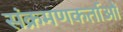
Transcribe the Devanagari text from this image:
संक्रमणकर्ताओं